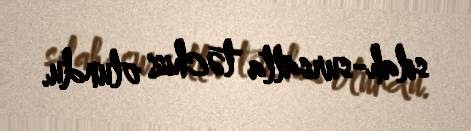
silah-sursatla təchiz olundu.